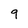
Character: 9